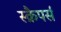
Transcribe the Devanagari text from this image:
स्क्रैपर्स